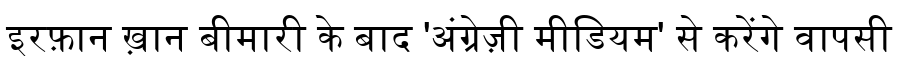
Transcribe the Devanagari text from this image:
इरफ़ान ख़ान बीमारी के बाद 'अंग्रेज़ी मीडियम' से करेंगे वापसी